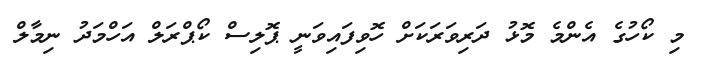
މި ކޯހުގެ އެންމެ މޮޅު ދަރިވަރަކަށް ހޮވިފައިވަނީ ޕޮލިސް ކޯޕްރަލް އަހްމަދު ނިމާލް